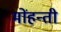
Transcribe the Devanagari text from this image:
मोंहन्ती